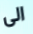
الى